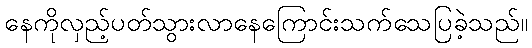
နေကိုလှည့်ပတ်သွားလာနေကြောင်းသက်သေပြခဲ့သည်။